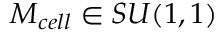
M _ { c e l l } \in S U ( 1 , 1 )